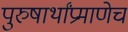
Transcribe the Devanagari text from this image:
पुरुषार्थांप्रमाणेच